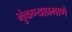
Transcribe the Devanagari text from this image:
भुंकण्याप्रमाणे